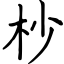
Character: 杪